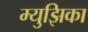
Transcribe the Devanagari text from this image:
म्युझिका